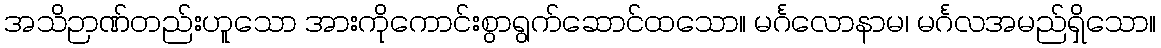
အသိဉာဏ်တည်းဟူသော အားကိုကောင်းစွာရွက်ဆောင်ထသော။ မင်္ဂလောနာမ၊ မင်္ဂလအမည်ရှိသော။